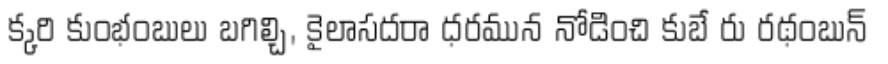
క్కరి కుంభంబులు బగిల్చి, కైలాసదరా ధరమున నోడించి కుబే రు రథంబున్